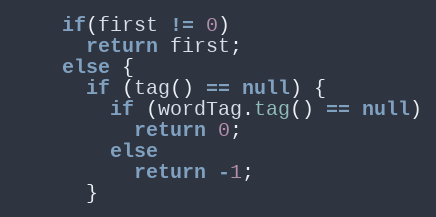
Language: Java
    if(first != 0)
      return first;
    else {
      if (tag() == null) {
        if (wordTag.tag() == null)
          return 0;
        else
          return -1;
      }